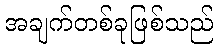
အချက်တစ်ခုဖြစ်သည်